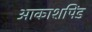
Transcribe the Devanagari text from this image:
आकाशपिंड